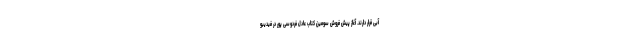
آبی قرار دارند. آغاز پیش فروش سومین کتاب عادل فردوسی پور در فیدیبو